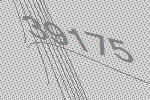
39175